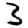
Digit: 3